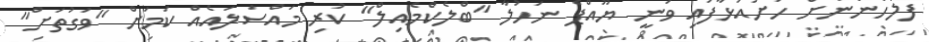
ފުލުހުންނަށް ހުށައަޅާފައި ވަނީ ޔޫއްޕެ ނަހުލާ "ބްލެކްމެއިލް" ކުރި މައްސަލައެއް ކަމަށް "ވަގުތަށް"